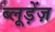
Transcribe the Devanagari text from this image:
ब्लूड़ेंज़